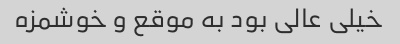
خیلی عالی بود به موقع و خوشمزه